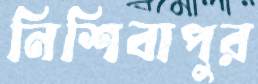
নিশিবাপুর